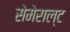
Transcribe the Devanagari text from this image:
सेमेराल्ट